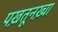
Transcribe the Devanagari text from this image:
पख़तूनख़्वा